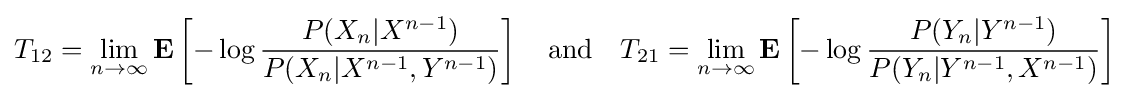
T_{12}=\lim _{n\to \infty }\mathbf {E} \left[-\log {\frac {P(X_{n}|X^{n-1})}{P(X_{n}|X^{n-1},Y^{n-1})}}\right]\quad {\text{and}}\quad T_{21}=\lim _{n\to \infty }\mathbf {E} \left[-\log {\frac {P(Y_{n}|Y^{n-1})}{P(Y_{n}|Y^{n-1},X^{n-1})}}\right]